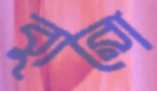
ব্যুরো